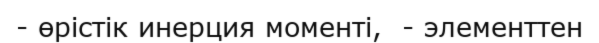
- өрістік инерция моменті,  - элементтен